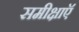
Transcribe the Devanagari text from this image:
समीक्षाऍ